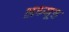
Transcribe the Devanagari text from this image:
अध्यूह